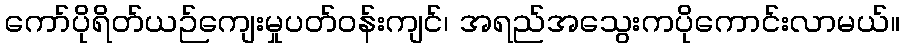
ကော်ပိုရိတ်ယဉ်ကျေးမှုပတ်ဝန်းကျင်၊ အရည်အသွေးကပိုကောင်းလာမယ်။